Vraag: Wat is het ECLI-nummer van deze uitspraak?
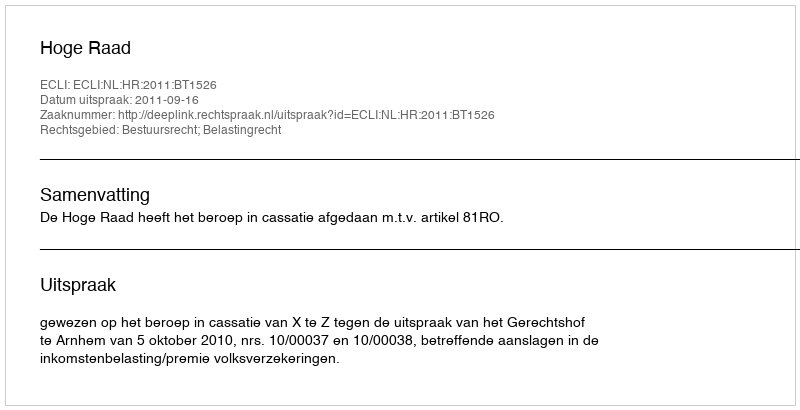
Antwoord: ECLI:NL:HR:2011:BT1526